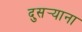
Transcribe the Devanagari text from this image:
दुसर्‍याना